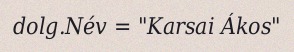
dolg.Név = "Karsai Ákos"